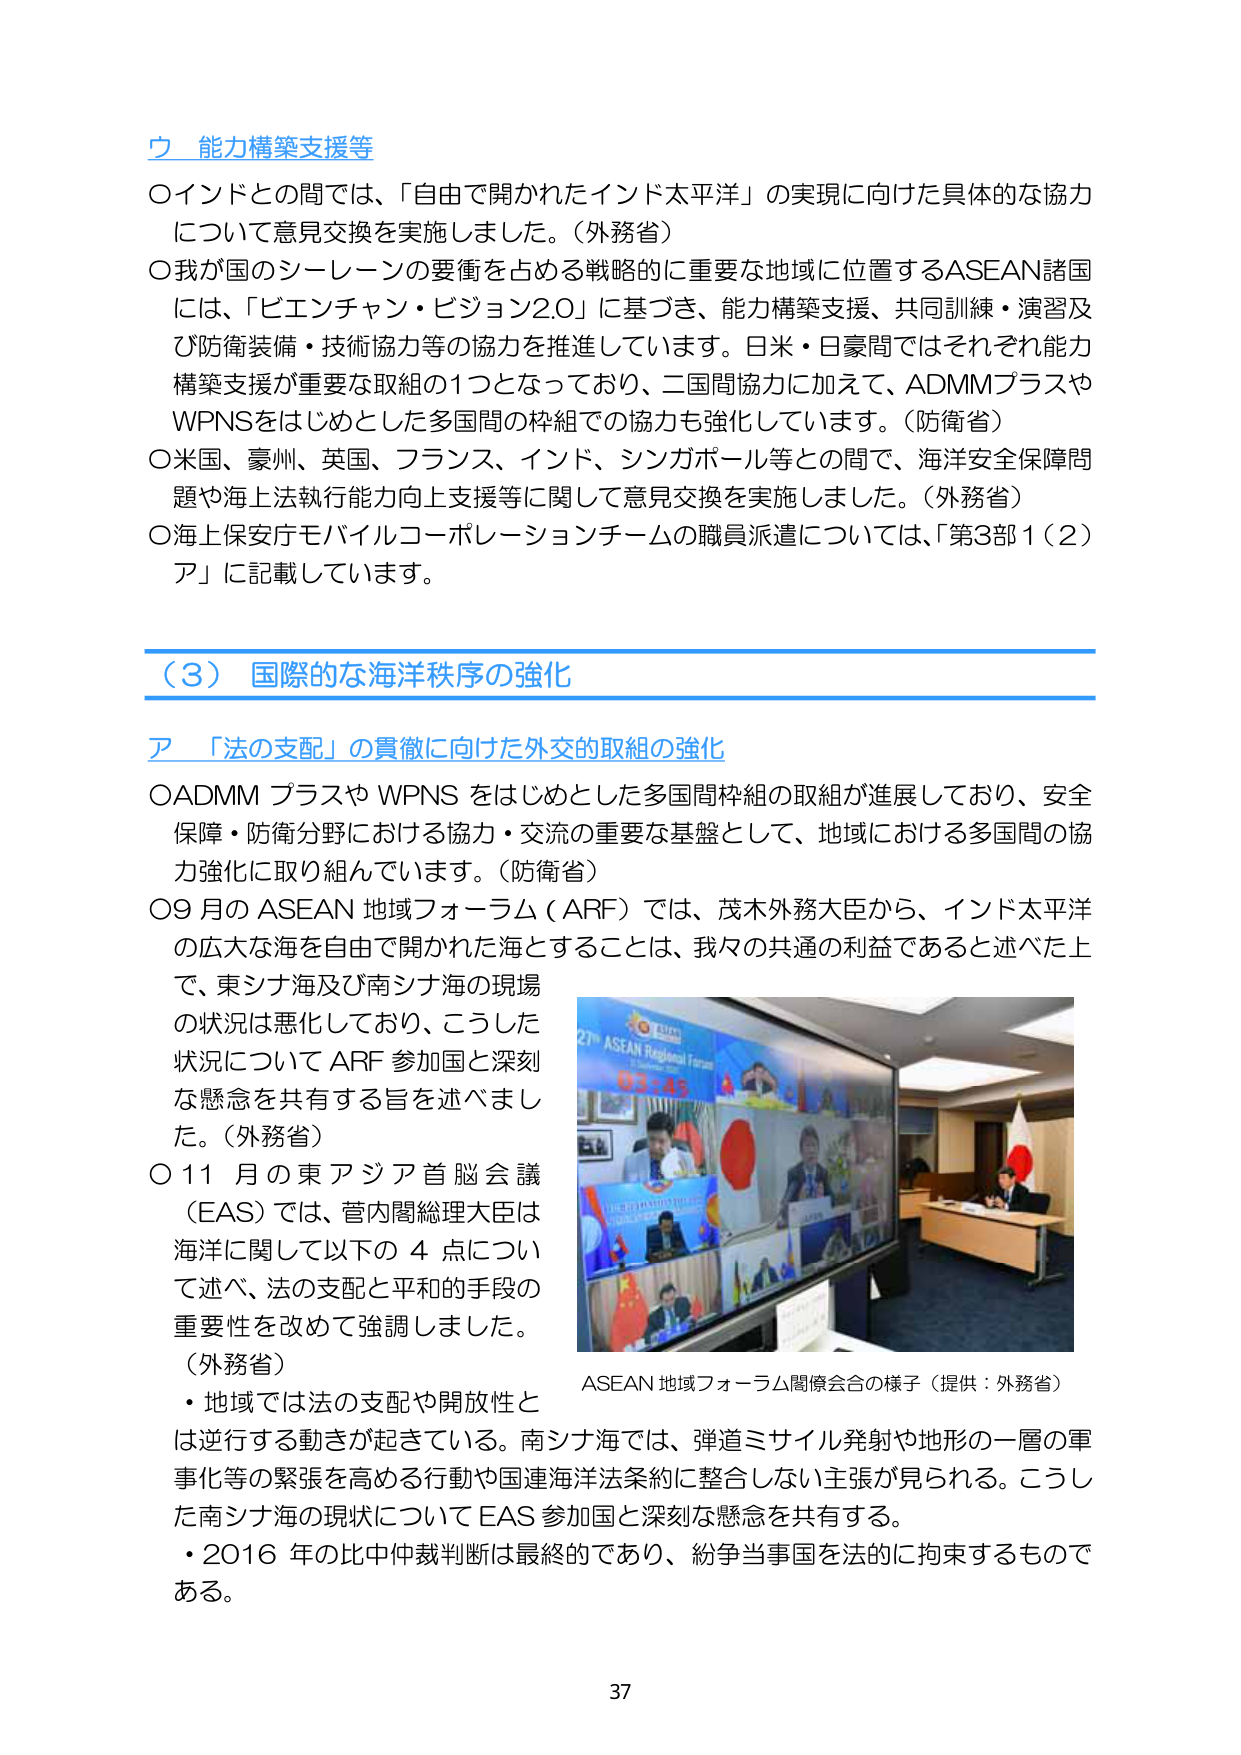
ウ 能力構築支援等
○インドとの間では、「自由で開かれたインド太平洋」の実現に向けた具体的な協力について意見交換を実施しました。（外務省）
○我が国のシーレーンの要衝を占める戦略的に重要な地域に位置するASEAN諸国には、「ビエンチャン・ビジョン2.0」に基づき、能力構築支援、共同訓練・演習及び防衛装備・技術協力等の協力を推進しています。日米・日豪間ではそれぞれ能力構築支援が重要な取組の1つとなっており、二国間協力に加えて、ADMMプラスやWPNSをはじめとした多国間の枠組での協力も強化しています。（防衛省）
○米国、豪州、英国、フランス、インド、シンガポール等との間で、海洋安全保障問題や海上法執行能力向上支援等に関して意見交換を実施しました。（外務省）
○海上保安庁モバイルコーポレーションチームの職員派遣については、「第3部1（2）ア」に記載しています。

（3） 国際的な海洋秩序の強化

ア 「法の支配」の貫徹に向けた外交的取組の強化
○ADMM プラスや WPNS をはじめとした多国間枠組の取組が進展しており、安全保障・防衛分野における協力・交流の重要な基盤として、地域における多国間の協力強化に取り組んでいます。（防衛省）
○9 月の ASEAN 地域フォーラム（ARF）では、茂木外務大臣から、インド太平洋の広大な海を自由で開かれた海とすることは、我々の共通の利益であると述べた上で、東シナ海及び南シナ海の現場の状況は悪化しており、こうした状況について ARF 参加国と深刻な懸念を共有する旨を述べました。（外務省）
○11 月の東アジア首脳会議（EAS）では、菅内閣総理大臣は海洋に関して以下の 4 点について述べ、法の支配と平和的手段の重要性を改めて強調しました。（外務省）
・地域では法の支配や開放性とは逆行する動きが起きている。南シナ海では、弾道ミサイル発射や地形の一層の軍事化等の緊張を高める行動や国連海洋法条約に整合しない主張が見られる。こうした南シナ海の現状について EAS 参加国と深刻な懸念を共有する。
・2016 年の比中仲裁判断は最終的であり、紛争当事国を法的に拘束するものである。

ASEAN 地域フォーラム関係会合の様子（提供：外務省）

37